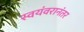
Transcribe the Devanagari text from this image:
स्वयंवरानंतर